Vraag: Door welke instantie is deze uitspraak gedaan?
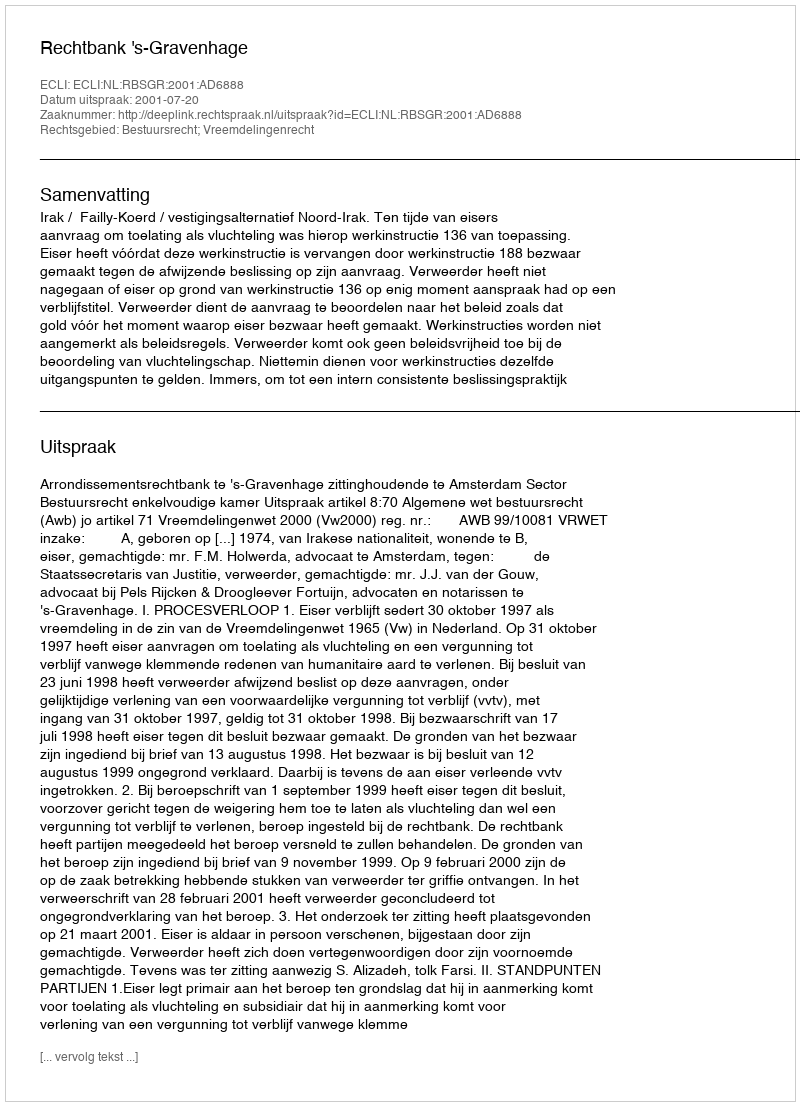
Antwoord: Rechtbank 's-Gravenhage